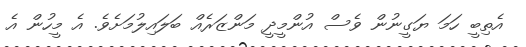
އެތިބީ ހަމަ ޔަގީނުން ވެސް އުންމީދީ މަންޒަރެއް ބަލައިލުމަށެވެ. އެ މީހުން އެ